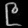
Digit: ၉